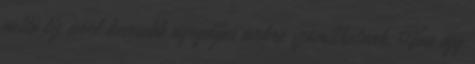
nettó tíz évvel kevesebb nyugdíjas évekre számíthatnak. Van egy